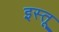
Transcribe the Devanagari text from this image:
इस्तू